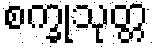
စက္ခုသုတ္တ